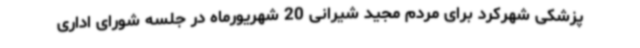
پزشکی شهرکرد برای مردم مجید شیرانی 20 شهریورماه در جلسه شورای اداری